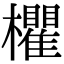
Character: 欋